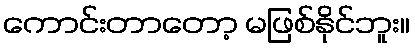
ကောင်းတာတော့ မဖြစ်နိုင်ဘူး။